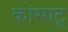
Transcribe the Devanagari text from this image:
कोसाटू